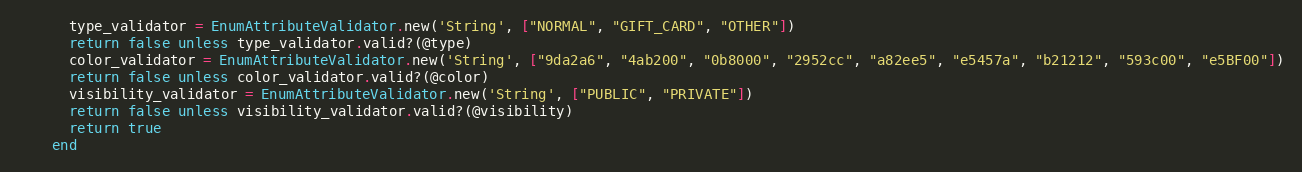
Language: Ruby
      type_validator = EnumAttributeValidator.new('String', ["NORMAL", "GIFT_CARD", "OTHER"])
      return false unless type_validator.valid?(@type)
      color_validator = EnumAttributeValidator.new('String', ["9da2a6", "4ab200", "0b8000", "2952cc", "a82ee5", "e5457a", "b21212", "593c00", "e5BF00"])
      return false unless color_validator.valid?(@color)
      visibility_validator = EnumAttributeValidator.new('String', ["PUBLIC", "PRIVATE"])
      return false unless visibility_validator.valid?(@visibility)
      return true
    end